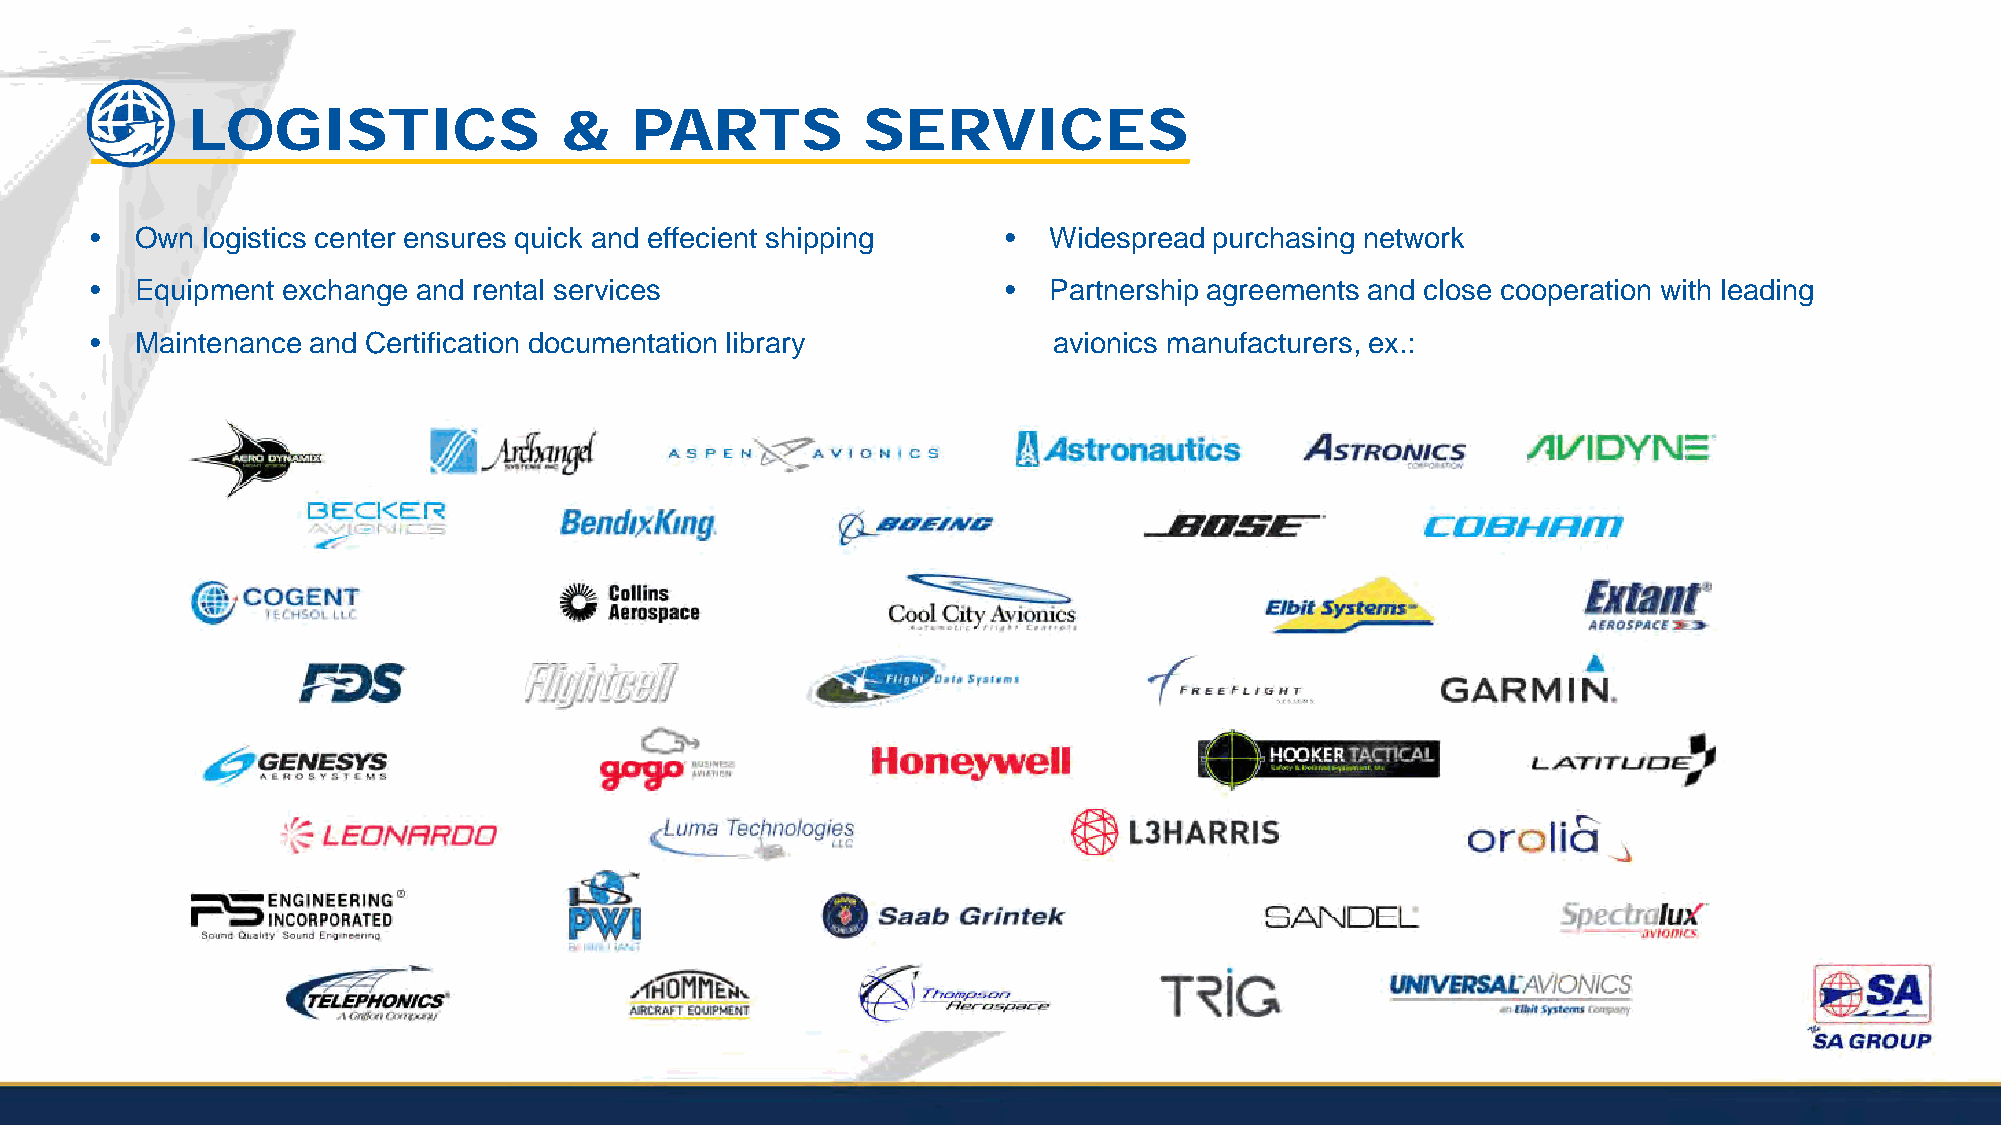
LOGISTICS                &    PARTS          SERVICES
 •  Own logistics center ensures quick and effecient shipping • Widespread purchasing network
 •  Equipment exchange and rental services                   •  Partnership agreements and close cooperation with leading
 •  Maintenance and Certification documentation library          avionics manufacturers, ex.: